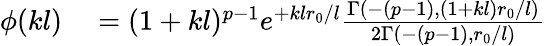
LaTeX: \begin{array}{rl}{\phi(kl)}&{{}=(1+kl)^{p-1}e^{+klr_{0}/l}\frac{\Gamma\left(-(p-1),(1+kl)r_{0}/l\right)}{2\Gamma\left(-(p-1),r_{0}/l\right)}}\end{array}